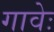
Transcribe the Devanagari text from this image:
गावेः